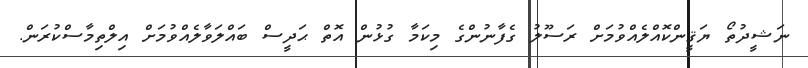
ނަޝީދުތޯ ޔަޤީންކޮއްލެއްވުމަށް ރަސޫލު ގެފާނުންގެ މިކަމާ ގުޅުން އޮތް ޙަދީސް ބައްލަވާލެއްވުމަށް އިލްތިމާސްކުރަން.